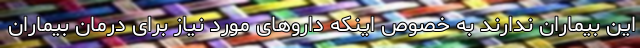
این بیماران ندارند به خصوص اینکه داروهای مورد نیاز برای درمان بیماران